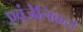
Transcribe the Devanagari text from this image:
एवंजेलिकल